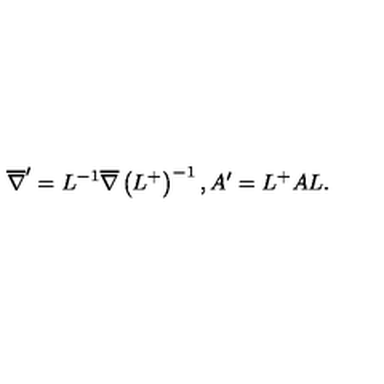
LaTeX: \overline { { \nabla } } ^ { \prime } = L ^ { - 1 } \overline { { \nabla } } \left( L ^ { + } \right) ^ { - 1 } , A ^ { \prime } = L ^ { + } A L .